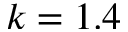
k = 1 . 4